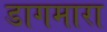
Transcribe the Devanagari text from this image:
डागमारा